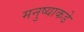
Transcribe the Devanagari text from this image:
मनुष्याकडे